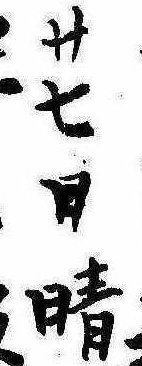
廿七日朝